Report of the Municipal Commissioner on the plague in Bombay for the year ending 31st May... - Volume 1
Disease focus: Plague
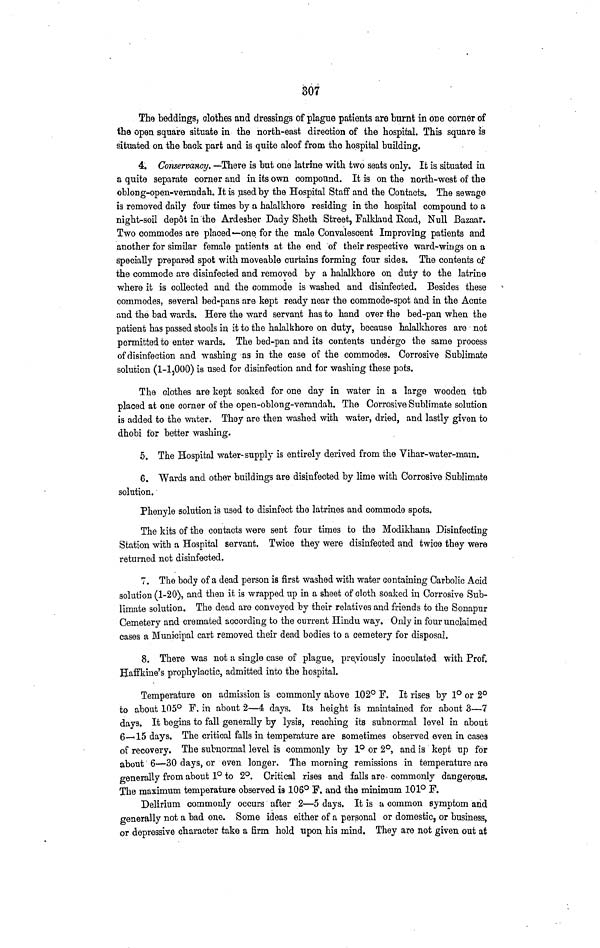
307
The beddings, clothes and dressings of plague patients are burnt in one corner of
the open square situate in the north-east direction of the hospital. This square is
situated on the back part and is quite aloof from the hospital building.
4. Conservancy. —There is but one latrine with two seats only. It is situated in
a quite separate corner and in its own compound. It is on the north-west of the
oblong-open-verandah. It is used by the Hospital Staff and the Contacts. The sewage
is removed daily four times by a halalkhore residing in the hospital compound to a
night-soil depot in the Ardesher Dady Sheth Street, Falkland Road, Null Bazaar.
Two commodes are placed—one for the male Convalescent Improving patients and
another for similar female patients at the end of their respective ward-wings on a
specially prepared spot with moveable curtains forming four sides. The contents of
the commode are disinfected and removed by a halalkhore on duty to the latrine
where it is collected and the commode is washed and disinfected. Besides these
commodes, several bed-pans are kept ready near the commode-spot and in the Acute
and the bad wards. Here the ward servant has to hand over the bed-pan when the
patient has passed stools in it to the halalkhore on duty, because halalkhores are not
permitted to enter wards. The bed-pan and its contents undergo the same process
of disinfection and washing as in the case of the commodes. Corrosive Sublimate
solution (1-l,000) is used for disinfection and for washing these pots.
The clothes are kept soaked for one day in water in a large wooden tub
placed at one corner of the open-oblong-verandah. The Corrosive Sublimate solution
is added to the water. They are then washed with water, dried, and lastly given to
dhobi for better washing.
5. The Hospital water-supply is entirely derived from the Vihar-water-main.
6. Wards and other buildings are disinfected by lime with Corrosive Sublimate
solution.
Phenyle solution is used to disinfect the latrines and commode spots.
The kits of the contacts were sent four times to the Modikhana Disinfecting
Station with a Hospital servant. Twice they were disinfected and twice they were
returned not disinfected.
7. The body of a dead person is first washed with water containing Carbolic Acid
solution (1-20), and then it is wrapped up in a sheet of cloth soaked in Corrosive Sub-
limate solution. The dead are conveyed by their relatives and friends to the Sonapur
Cemetery and cremated according to the current Hindu way. Only in four unclaimed
cases a Municipal cart removed their dead bodies to a cemetery for disposal.
8. There was not a single case of plague, previously inoculated with Prof.
Haffkine's prophylactic, admitted into the hospital.
Temperature on admission is commonly above 102° F. It rises by 1° or 2°t
o about 105° F. in about 2—4 days. Its height is maintained for about 3—7
days. It begins to fall generally by lysis, reaching its subnormal level in about
6—15 days. The critical falls in temperature are sometimes observed even in cases
of recovery. The subnormal level is commonly by 1° or 2°, and is kept up for
about 6—30 days, or even longer. The morning remissions in temperature are
generally from about 1° to 2°. Critical rises and falls are commonly dangerous.
The maximum temperature observed is 106° F. and the minimum 101° F.
Delirium commonly occurs after 2—5 days. It is a common symptom and
generally not a bad one. Some ideas either of a personal or domestic, or business,
or depressive character take a firm hold upon his mind. They are not given out at